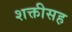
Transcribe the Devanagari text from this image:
शक्तीसह